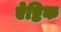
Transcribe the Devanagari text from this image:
ऐष्टिक